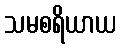
သမစရိယာယ